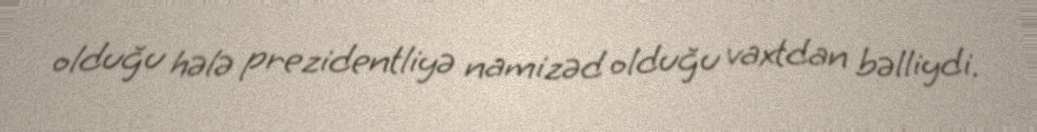
olduğu hələ prezidentliyə namizəd olduğu vaxtdan bəlliydi.